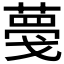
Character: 𦸑